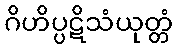
ဂိဟိပ္ပဋိသံယုတ္တံ